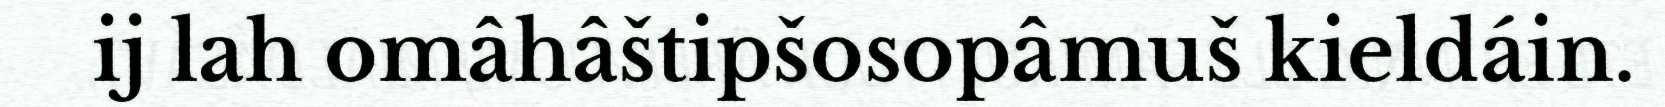
ij lah omâhâštipšosopâmuš kieldáin.